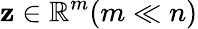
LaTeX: \mathbf{z}\in\mathbb{R}^{m}(m\ll n)